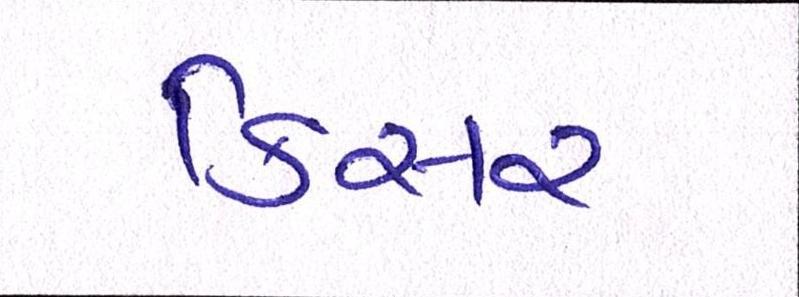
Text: કિસર